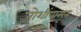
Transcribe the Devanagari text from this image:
जोशींपासून